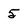
Character: 5